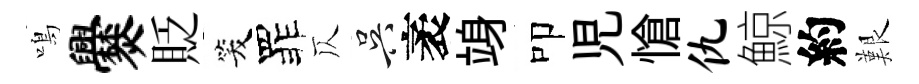
鳴爨貶笑罪仄吴袤竧叩児愴仇鯨約艱